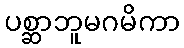
ပစ္ဆာဘူမဂမိကာ